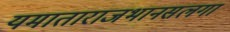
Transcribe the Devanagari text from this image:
यमाताराजभानसलगा